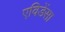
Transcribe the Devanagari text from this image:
एविडेंसा